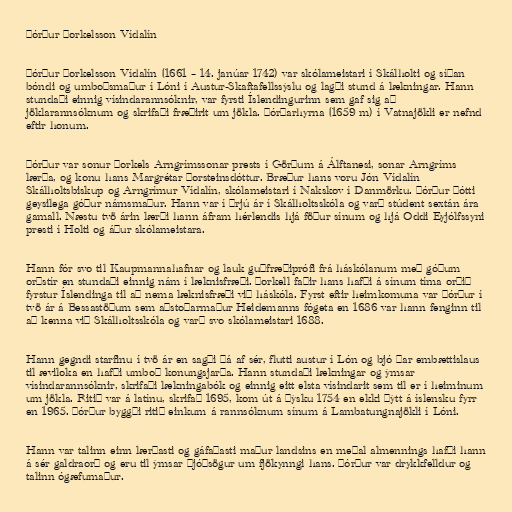
Þórður Þorkelsson Vídalín

Þórður Þorkelsson Vídalín (1661 – 14. janúar 1742) var skólameistari í Skálholti og síðan
bóndi og umboðsmaður í Lóni í Austur-Skaftafellssýslu og lagði stund á lækningar. Hann
stundaði einnig vísindarannsóknir, var fyrsti Íslendingurinn sem gaf sig að
jöklarannsóknum og skrifaði fræðirit um jökla. Þórðarhyrna (1659 m) í Vatnajökli er nefnd
eftir honum.

Þórður var sonur Þorkels Arngrímssonar prests í Görðum á Álftanesi, sonar Arngríms
lærða, og konu hans Margrétar Þorsteinsdóttur. Bræður hans voru Jón Vídalín
Skálholtsbiskup og Arngrímur Vídalín, skólameistari í Nakskov í Danmörku. Þórður þótti
geysilega góður námsmaður. Hann var í þrjú ár í Skálholtsskóla og varð stúdent sextán ára
gamall. Næstu tvö árin lærði hann áfram hérlendis hjá föður sínum og hjá Oddi Eyjólfssyni
presti í Holti og áður skólameistara.

Hann fór svo til Kaupmannahafnar og lauk guðfræðiprófi frá háskólanum með góðum
orðstír en stundaði einnig nám í læknisfræði. Þorkell faðir hans hafði á sínum tíma orðið
fyrstur Íslendinga til að nema læknisfræði við háskóla. Fyrst eftir heimkomuna var Þórður í
tvö ár á Bessastöðum sem aðstoðarmaður Heidemanns fógeta en 1686 var hann fenginn til
að kenna við Skálholtsskóla og varð svo skólameistari 1688.

Hann gegndi starfinu í tvö ár en sagði þá af sér, flutti austur í Lón og bjó þar embættislaus
til æviloka en hafði umboð konungsjarða. Hann stundaði lækningar og ýmsar
vísindarannsóknir, skrifaði lækningabók og einnig eitt elsta vísindarit sem til er í heiminum
um jökla. Ritið var á latínu, skrifað 1695, kom út á þýsku 1754 en ekki þýtt á íslensku fyrr
en 1965. Þórður byggði ritið einkum á rannsóknum sínum á Lambatungnajökli í Lóni.

Hann var talinn einn lærðasti og gáfaðasti maður landsins en meðal almennings hafði hann
á sér galdraorð og eru til ýmsar þjóðsögur um fjökynngi hans. Þórður var drykkfelldur og
talinn ógæfumaður.